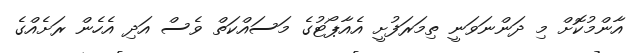
އާންމުކޮށް މި ދަންނަވަނީ ތިމަރަފުށީ އެއާޕޯޓުގެ މަސައްކަތް ވެސް އަދި އެހެން ރަށެއްގެ